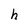
Character: h